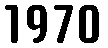
1970